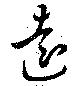
遠